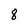
Character: 8